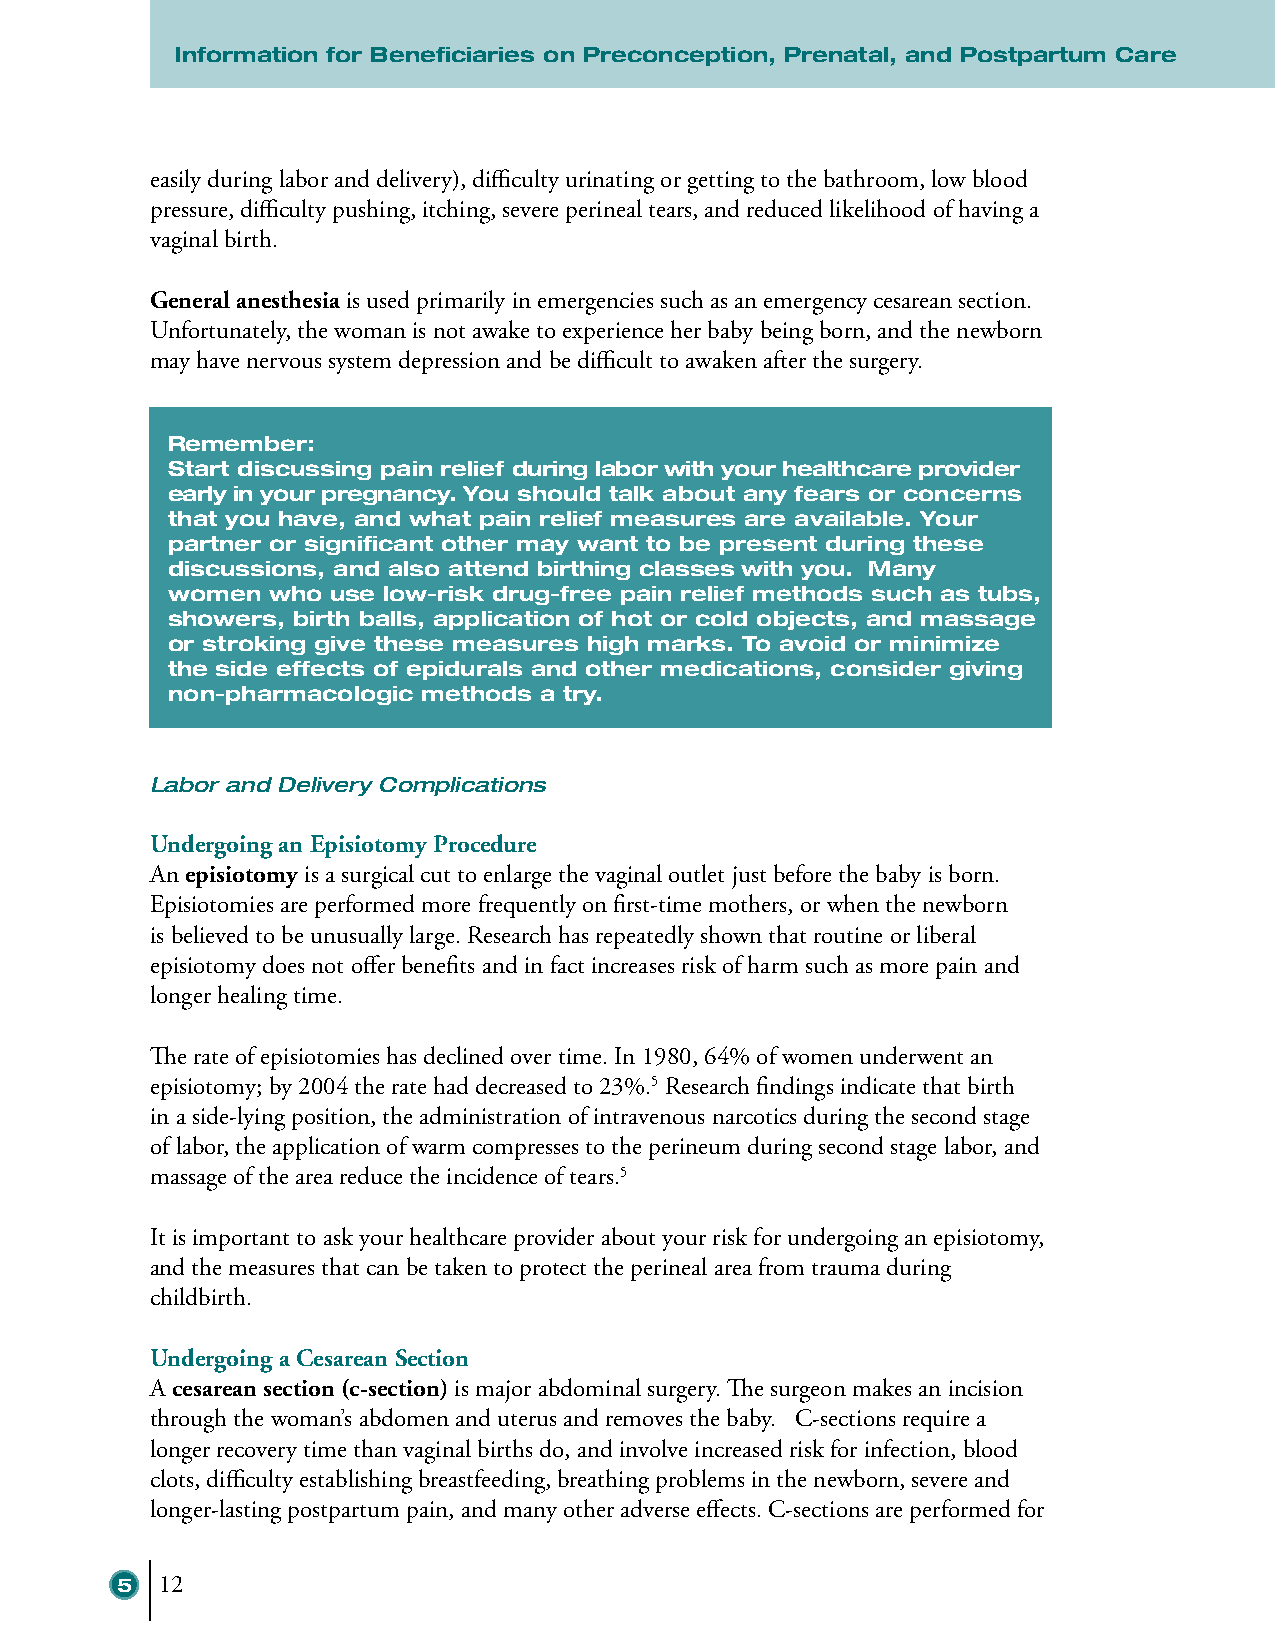
Information for Beneficiaries on Preconception, Prenatal, and Postpartum Care
 easily during labor and delivery), difficulty urinating or getting to the bathroom, low blood
 pressure, difficulty pushing, itching, severe perineal tears, and reduced likelihood of having a
 vaginal birth.
 General anesthesia is used primarily in emergencies such as an emergency cesarean section.
 Unfortunately, the woman is not awake to experience her baby being born, and the newborn
 may have nervous system depression and be difficult to awaken after the surgery.
 Remember:
 Start discussing pain relief during labor with your healthcare provider
 early in your pregnancy. You should talk about any fears or concerns
 that you have, and what pain relief measures are available. Your
 partner or significant other may want to be present during these
 discussions, and also attend birthing classes with you. Many
 women  who use low-risk drug-free pain relief methods such as tubs,
 showers, birth balls, application of hot or cold objects, and massage
 or stroking give these measures high marks. To avoid or minimize
 the side effects of epidurals and other medications, consider giving
 non-pharmacologic methods a try.
 Labor and Delivery Complications
 Undergoing an Episiotomy Procedure
 An episiotomy is a surgical cut to enlarge the vaginal outlet just before the baby is born.
 Episiotomies are performed more frequently on first-time mothers, or when the newborn
 is believed to be unusually large. Research has repeatedly shown that routine or liberal
 episiotomy does not offer benefits and in fact increases risk of harm such as more pain and
 longer healing time.
 The rate of episiotomies has declined over time. In 1980, 64% of women underwent an
 episiotomy; by 2004 the rate had decreased to 23%.5 Research findings indicate that birth
 in a side-lying position, the administration of intravenous narcotics during the second stage
 of labor, the application of warm compresses to the perineum during second stage labor, and
 massage of the area reduce the incidence of tears.5
 It is important to ask your healthcare provider about your risk for undergoing an episiotomy,
 and the measures that can be taken to protect the perineal area from trauma during
 childbirth.
 Undergoing a Cesarean Section
 A cesarean section (c-section) is major abdominal surgery. The surgeon makes an incision
 through the woman’s abdomen and uterus and removes the baby. C-sections require a
 longer recovery time than vaginal births do, and involve increased risk for infection, blood
 clots, difficulty establishing breastfeeding, breathing problems in the newborn, severe and
 longer-lasting postpartum pain, and many other adverse effects. C-sections are performed for
 5  12